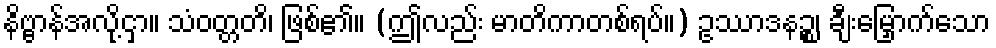
နိဗ္ဗာန်အလို့ငှာ။ သံဝတ္တတိ၊ ဖြစ်၏။ (ဤလည်း မာတိကာတစ်ရပ်။) ဥဿာဒနဉ္စ၊ ချီးမြှောက်သော